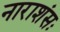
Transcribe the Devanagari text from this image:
नाराशंसः